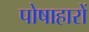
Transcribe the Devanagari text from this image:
पोषाहारों